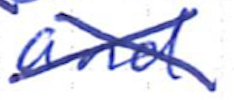
Text: and
Cross-out: cross
Writing tool: ballpoint